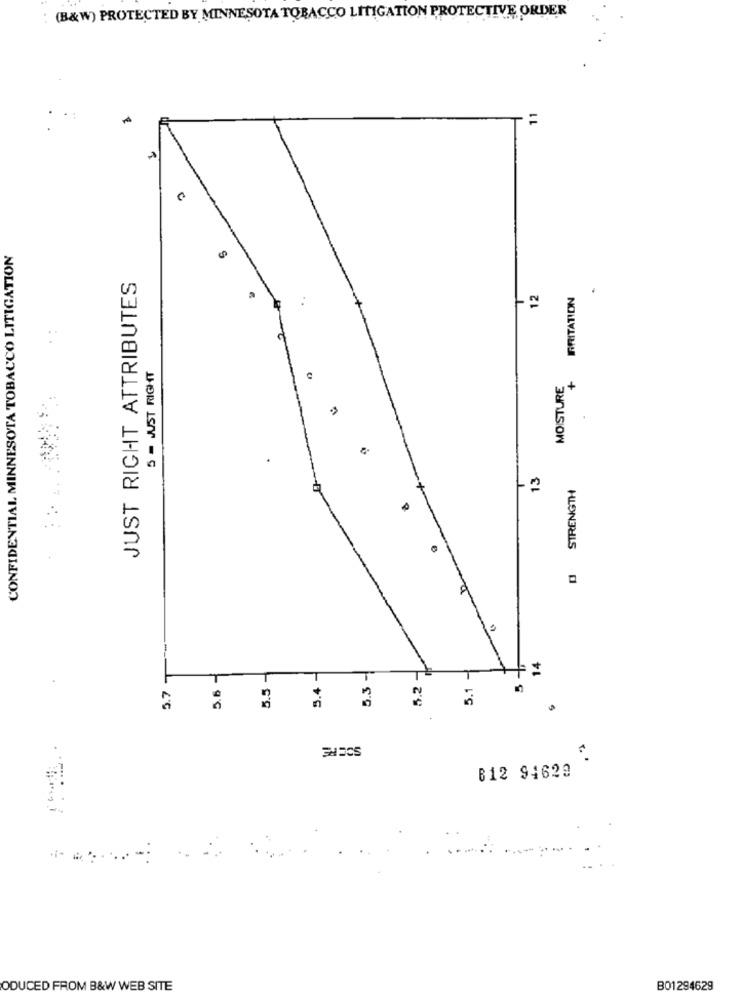
(B&W) PROTECTED BY MINNESOTA TOBACCO LITIGATION PROTECTIVE ORDER
11
CONFIDENTIAL MINNESOTA TOBACCO LITIGATION
JUST RIGHT ATTRIBUTES
T
12
IRRITATION
5 - JUST RIGHT
MOISTURE
+
13
D STRENGTH
1.
5.7 +
5.6-
5.2-
5.5 -
5.4 -
5.3 -
5.1 -
T
SOCRE
. .
B12 94629
ODUCED FROM B&W WEB SITE
B01294629